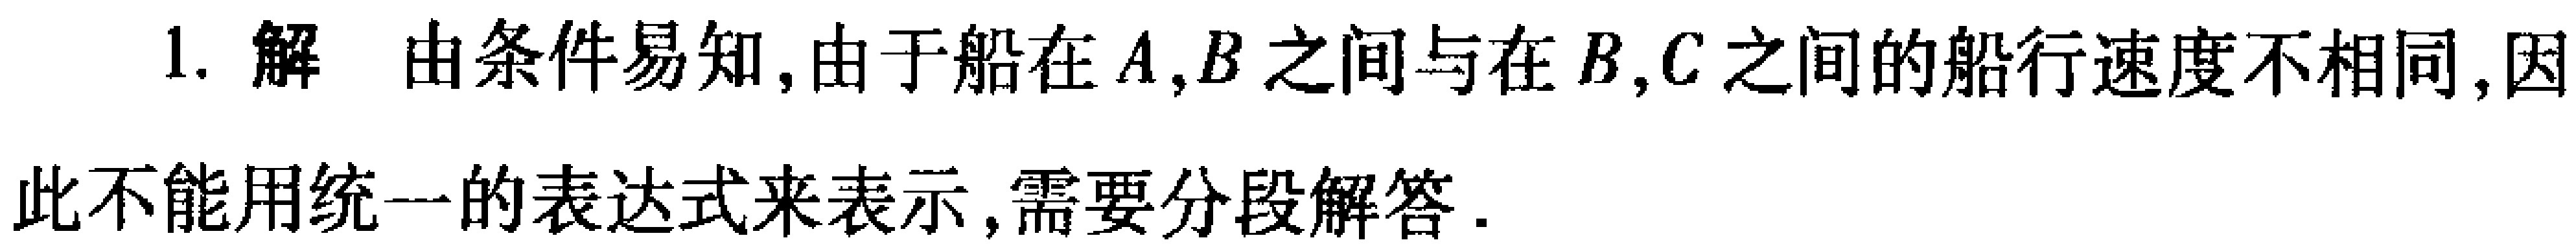
1. 解 由条件易知, 由于船在\(A,B\)之间与在\(B,C\)之间的船行速度不相同, 因此不能用统一的表达式来表示, 需要分段解答.